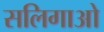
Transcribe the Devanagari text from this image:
सलिगाओ